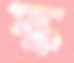
স্ক